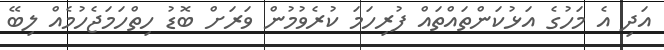
އަދި އެ މަހުގެ އަޅުކަންތައްތައް ފުރިހަމަ ކުރެވުމުން ވަރަށް ބޮޑު ހިތްހަމަޖެހުމެއް ލިބޭ